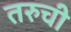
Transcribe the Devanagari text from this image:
तरुची